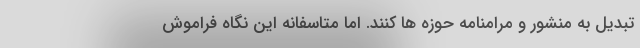
تبدیل به منشور و مرامنامه حوزه ها کنند. اما متاسفانه این نگاه فراموش